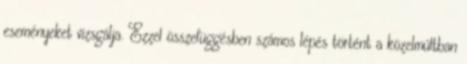
eseményeket vizsgálja. Ezzel összefüggésben számos lépés történt a közelmúltban